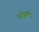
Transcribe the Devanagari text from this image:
रागद्वेषादि